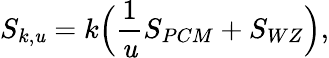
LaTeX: S_{k,\mathit{u}}=k\Big({\frac{{1}}{{\mathit{u}}}}S_{PCM}+S_{WZ}\Big),